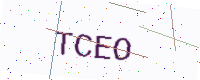
Text: TCEO